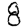
Digit: 8